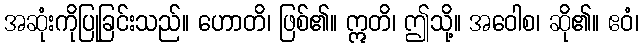
အဆုံးကိုပြုခြင်းသည်။ ဟောတိ၊ ဖြစ်၏။ ဣတိ၊ ဤသို့။ အဝေါစ၊ ဆို၏။ ဧဝံ၊